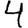
Digit: 4